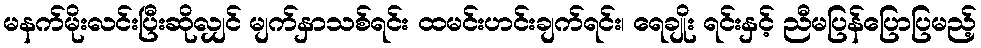
မနက်မိုးလင်းပြီးဆိုလျှင် မျက်နှာသစ်ရင်း ထမင်းဟင်းချက်ရင်း၊ ရေချိုး ရင်းနှင့် ညီမပြန်ပြောပြမည့်